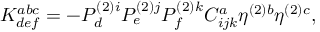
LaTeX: K _ { d e f } ^ { a b c } = - P _ { d } ^ { ( 2 ) i } P _ { e } ^ { ( 2 ) j } P _ { f } ^ { ( 2 ) k } C _ { i j k } ^ { a } \eta ^ { ( 2 ) b } \eta ^ { ( 2 ) c } ,